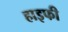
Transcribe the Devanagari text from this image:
हाइफी